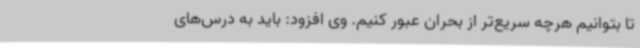
تا بتوانیم هرچه سریع‌تر از بحران عبور کنیم. وی افزود: باید به درس‌های